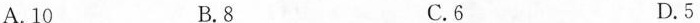
A.10 B.8 C.6 D.5